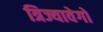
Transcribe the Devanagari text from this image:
त्रिज्यावेगों